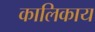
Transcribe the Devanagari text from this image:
कालिकाय